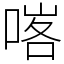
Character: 𠸉